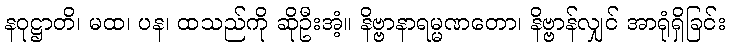
နဝုဋ္ဌာတိ၊ မထ၊ ပန၊ ထသည်ကို ဆိုဦးအံ့။ နိဗ္ဗာနာရမ္မဏတော၊ နိဗ္ဗာန်လျှင် အာရုံရှိခြင်း